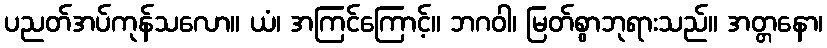
ပညတ်အပ်ကုန်သလော။ ယံ၊ အကြင်ကြောင့်။ ဘဂဝါ၊ မြတ်စွာဘုရားသည်။ အတ္တနော၊